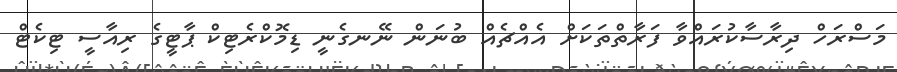
މަސްރަހް ދިރާސާކުރައްވާ ފަރާތްތަކަށް އެއްޗެއް ބުނަން ނޭނގެނީ ޑިމޮކްރެޓިކް ޕާޓީގެ ރިއާސީ ޓިކެޓް